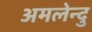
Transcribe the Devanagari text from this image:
अमलेन्दु